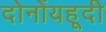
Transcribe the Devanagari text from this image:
दोनोंयहूदी